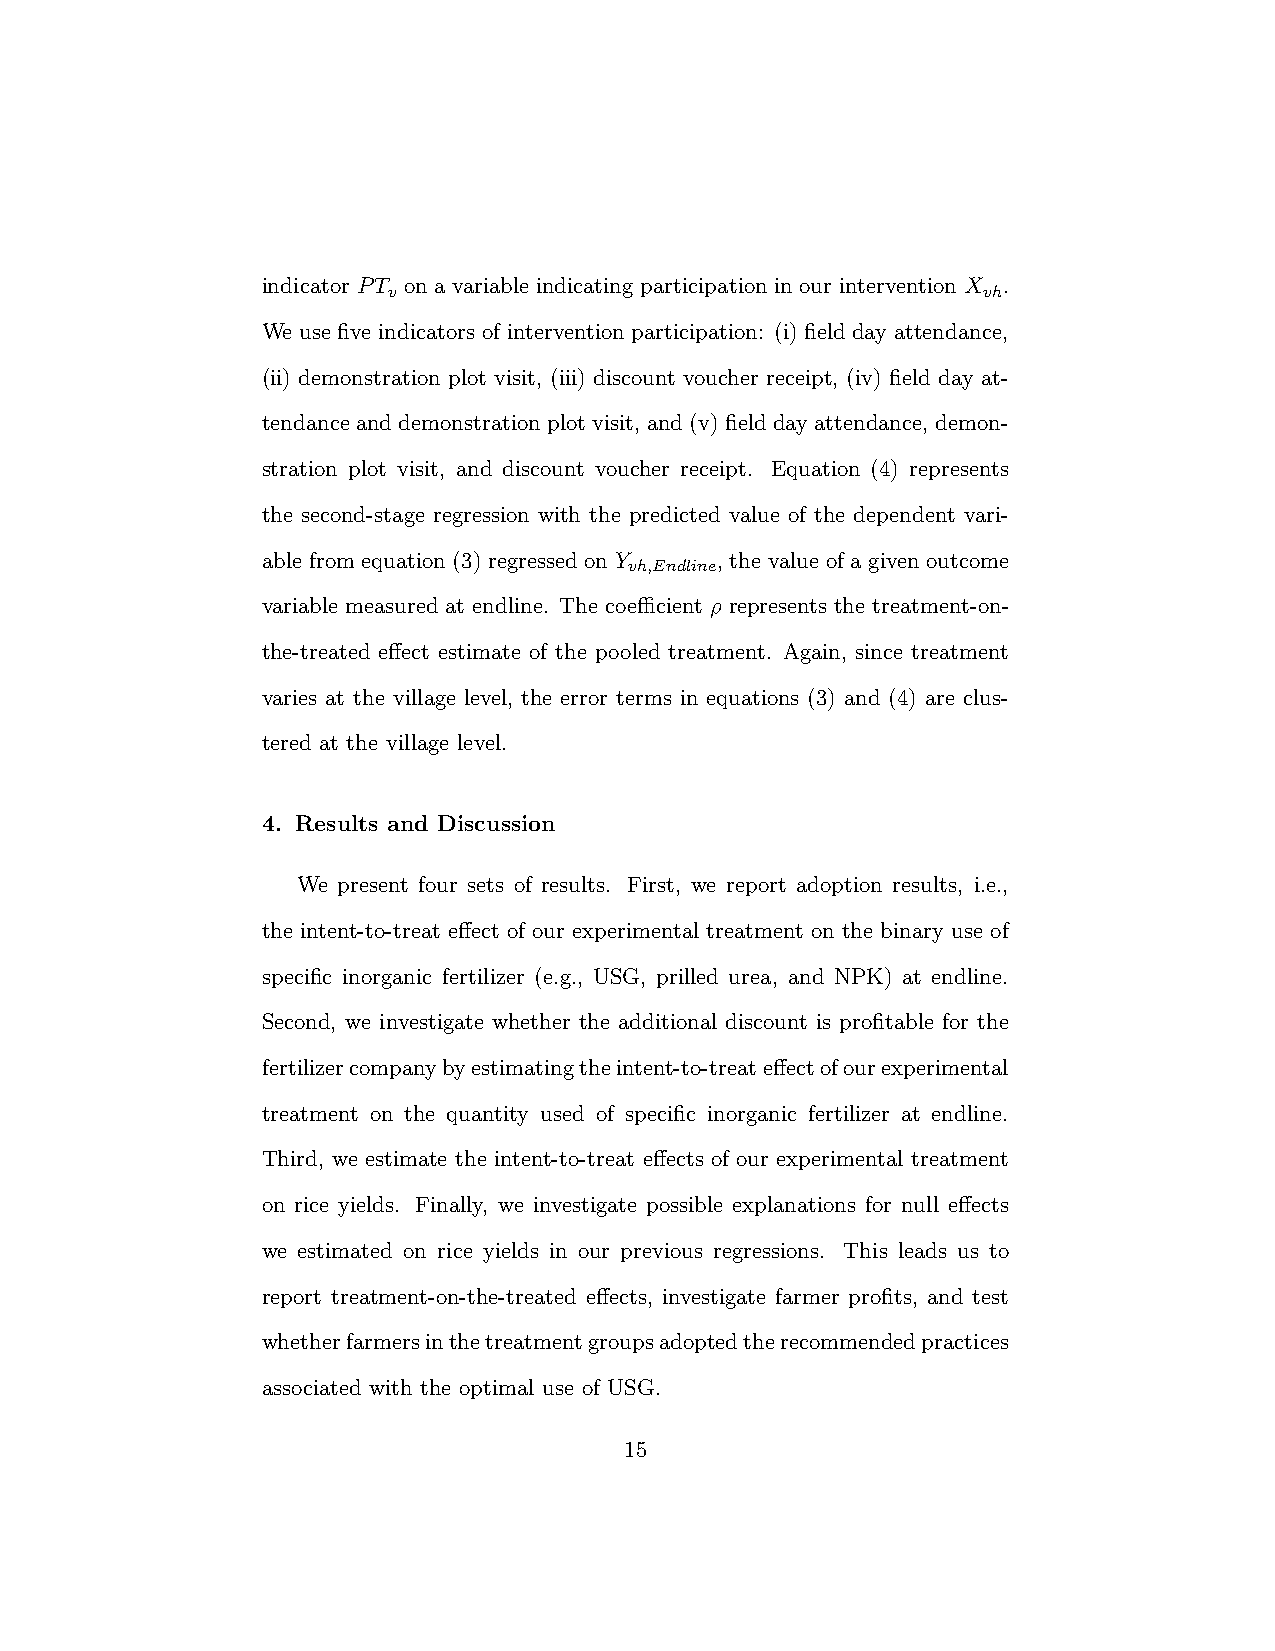
indicator PT on a variable indicating participation in our intervention X .
 v                                      vh
 We use five indicators of intervention participation: (i) field day attendance,
 (ii) demonstration plot visit, (iii) discount voucher receipt, (iv) field day at-
 tendance and demonstration plot visit, and (v) field day attendance, demon-
 stration plot visit, and discount voucher receipt. Equation (4) represents
 the second-stage regression with the predicted value of the dependent vari-
 able from equation (3) regressed on Y , the value of a given outcome
 vh,Endline
 variable measured at endline. The coefficient ρ represents the treatment-on-
 the-treated effect estimate of the pooled treatment. Again, since treatment
 varies at the village level, the error terms in equations (3) and (4) are clus-
 tered at the village level.
 4. Results and Discussion
 We present four sets of results. First, we report adoption results, i.e.,
 the intent-to-treat effect of our experimental treatment on the binary use of
 specific inorganic fertilizer (e.g., USG, prilled urea, and NPK) at endline.
 Second, we investigate whether the additional discount is profitable for the
 fertilizercompanybyestimatingtheintent-to-treateffectofourexperimental
 treatment on the quantity used of specific inorganic fertilizer at endline.
 Third, we estimate the intent-to-treat effects of our experimental treatment
 on rice yields. Finally, we investigate possible explanations for null effects
 we estimated on rice yields in our previous regressions. This leads us to
 report treatment-on-the-treated effects, investigate farmer profits, and test
 whetherfarmersinthetreatmentgroupsadoptedtherecommendedpractices
 associated with the optimal use of USG.
 15